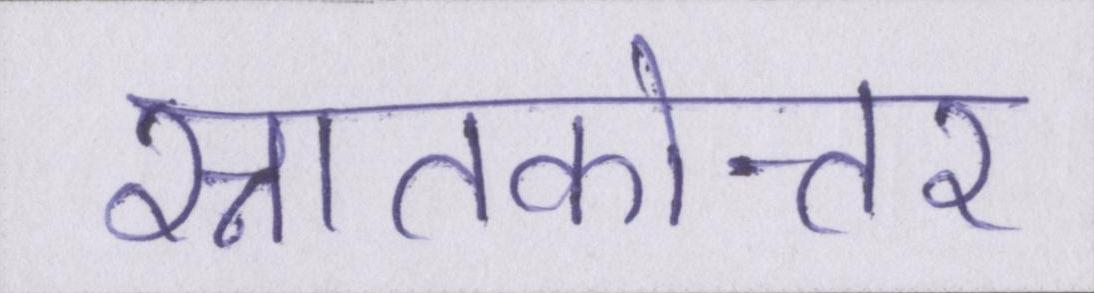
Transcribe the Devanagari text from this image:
स्नातकोत्तर